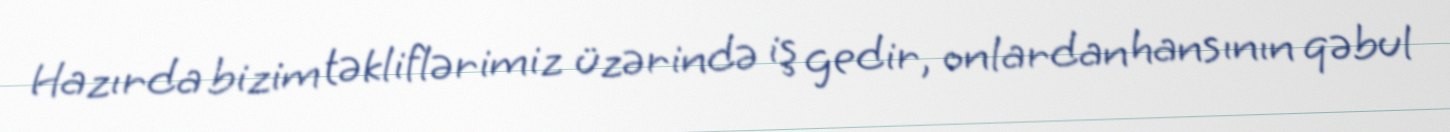
Hazırda bizim təkliflərimiz üzərində iş gedir, onlardan hansının qəbul